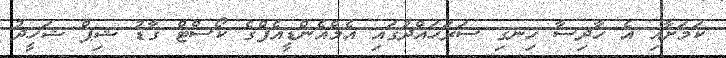
ކަމަށާއި އެ ހާދިސާ ހިނގި ސަރަހައްދުގައި އެމްއެންޑީއެފްގެ ކޯސްޓް ގާޑު ޝިޕް ޝަހީދު